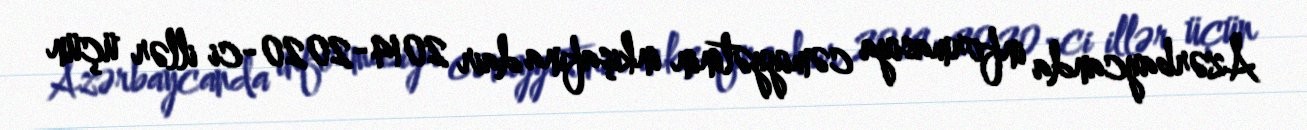
Azərbaycanda informasiya cəmiyyətinin inkişafına dair 2014-2020-ci illər üçün